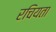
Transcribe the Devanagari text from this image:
रचियता